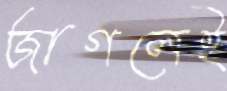
জাগলেই